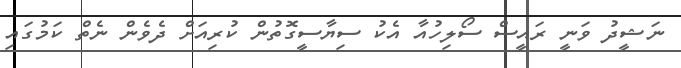
ނަޝީދު ވަނީ ރައީސް ސޯލިހުއާ އެކު ސިޔާސީގޮތުން ކުރިއަށް ދެވެން ނެތް ކަމުގައި